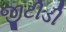
જીટીડી